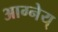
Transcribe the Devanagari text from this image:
आग्नेय्